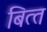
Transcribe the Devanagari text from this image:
बित्‍त